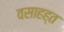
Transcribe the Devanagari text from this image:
वसाहह्त